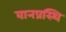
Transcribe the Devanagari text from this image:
वानप्रस्थि